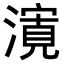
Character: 𭲨